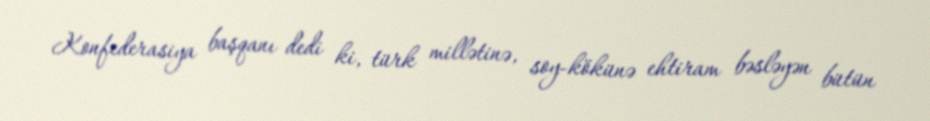
Konfederasiya başqanı dedi ki, türk millətinə, soy-kökünə ehtiram bəsləyən bütün